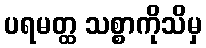
ပရမတ္ထ သစ္စာကိုသိမှ